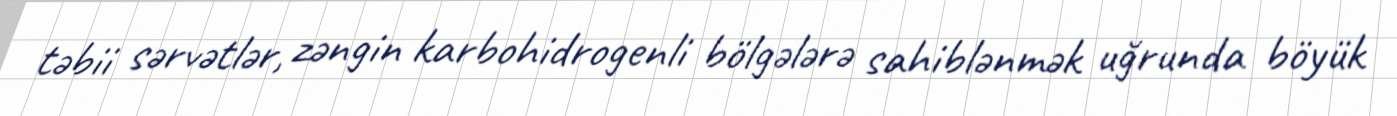
təbii sərvətlər, zəngin karbohidrogenli bölgələrə sahiblənmək uğrunda böyük